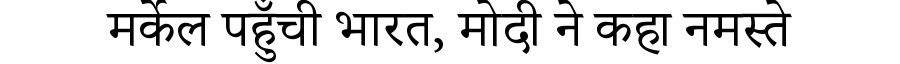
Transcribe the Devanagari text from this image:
मर्केल पहुँची भारत, मोदी ने कहा नमस्ते